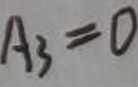
\[
A_{3}=0
\]